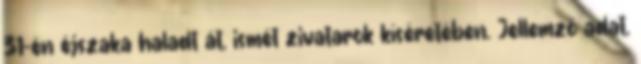
31-én éjszaka haladt át, ismét zivatarok kíséretében. Jellemző adat,